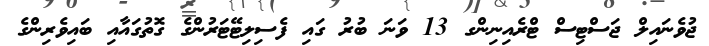
ޖުވެނައިލް ޖަސްޓިސް ޓްރެއިނިންގ 13 ވަނަ ބުރު ގައި ފެސިލިޓޭޓަރުންގެ ގޮތުގައާއި ބައިވެރިންގެ